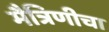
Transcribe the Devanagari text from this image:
मैत्रिणीचा